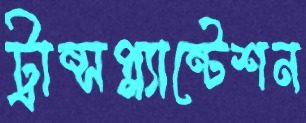
ট্রান্সপ্ল্যান্টেশন